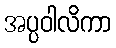
အပ္ပဝါလိကာ